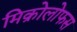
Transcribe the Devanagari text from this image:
मिक्रोलोफस